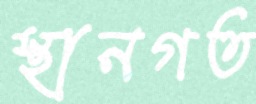
স্থানগত